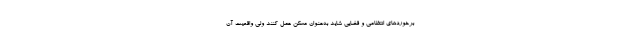
برخوردهای انتظامی و قضایی شاید به‌عنوان مسکن عمل کنند ولی واقعیت آن